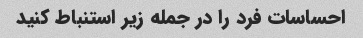
احساسات فرد را در جمله زیر استنباط کنید